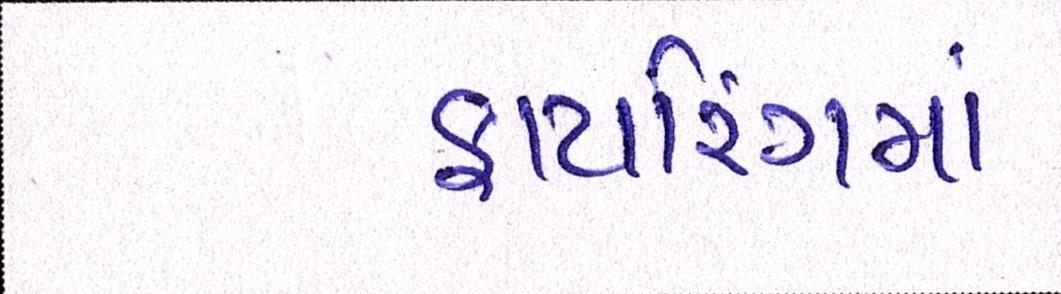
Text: ફાયરિંગમાં